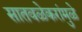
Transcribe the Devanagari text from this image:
सातवळेकरांमुळे